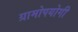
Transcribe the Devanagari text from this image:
ग्रामोपयोगी